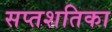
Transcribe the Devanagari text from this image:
सप्तशतिका